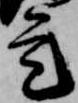
是